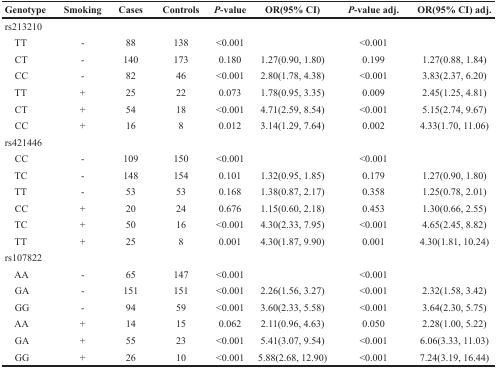
<table><thead><tr><td><b>Genotype</b></td><td><b>Smoking</b></td><td><b>Cases</b></td><td><b>Controls</b></td><td><b><i>P</i>-value</b></td><td><b>OR(95% CI)</b></td><td><b><i>P</i>-value adj.</b></td><td><b>OR(95% CI) adj.</b></td></tr></thead><tbody><tr><td>rs213210</td><td></td><td></td><td></td><td></td><td></td><td></td><td></td></tr><tr><td> TT</td><td>-</td><td>88</td><td>138</td><td>&lt;0.001</td><td></td><td>&lt;0.001</td><td></td></tr><tr><td> CT</td><td>-</td><td>140</td><td>173</td><td>0.180</td><td>1.27(0.90, 1.80)</td><td>0.199</td><td>1.27(0.88, 1.84)</td></tr><tr><td> CC</td><td>-</td><td>82</td><td>46</td><td>&lt;0.001</td><td>2.80(1.78, 4.38)</td><td>&lt;0.001</td><td>3.83(2.37, 6.20)</td></tr><tr><td> TT</td><td>+</td><td>25</td><td>22</td><td>0.073</td><td>1.78(0.95, 3.35)</td><td>0.009</td><td>2.45(1.25, 4.81)</td></tr><tr><td> CT</td><td>+</td><td>54</td><td>18</td><td>&lt;0.001</td><td>4.71(2.59, 8.54)</td><td>&lt;0.001</td><td>5.15(2.74, 9.67)</td></tr><tr><td> CC</td><td>+</td><td>16</td><td>8</td><td>0.012</td><td>3.14(1.29, 7.64)</td><td>0.002</td><td>4.33(1.70, 11.06)</td></tr><tr><td>rs421446</td><td></td><td></td><td></td><td></td><td></td><td></td><td></td></tr><tr><td> CC</td><td>-</td><td>109</td><td>150</td><td>&lt;0.001</td><td></td><td>&lt;0.001</td><td></td></tr><tr><td> TC</td><td>-</td><td>148</td><td>154</td><td>0.101</td><td>1.32(0.95, 1.85)</td><td>0.179</td><td>1.27(0.90, 1.80)</td></tr><tr><td> TT</td><td>-</td><td>53</td><td>53</td><td>0.168</td><td>1.38(0.87, 2.17)</td><td>0.358</td><td>1.25(0.78, 2.01)</td></tr><tr><td> CC</td><td>+</td><td>20</td><td>24</td><td>0.676</td><td>1.15(0.60, 2.18)</td><td>0.453</td><td>1.30(0.66, 2.55)</td></tr><tr><td> TC</td><td>+</td><td>50</td><td>16</td><td>&lt;0.001</td><td>4.30(2.33, 7.95)</td><td>&lt;0.001</td><td>4.65(2.45, 8.82)</td></tr><tr><td> TT</td><td>+</td><td>25</td><td>8</td><td>0.001</td><td>4.30(1.87, 9.90)</td><td>0.001</td><td>4.30(1.81, 10.24)</td></tr><tr><td>rs107822</td><td></td><td></td><td></td><td></td><td></td><td></td><td></td></tr><tr><td> AA</td><td>-</td><td>65</td><td>147</td><td>&lt;0.001</td><td></td><td>&lt;0.001</td><td></td></tr><tr><td> GA</td><td>-</td><td>151</td><td>151</td><td>&lt;0.001</td><td>2.26(1.56, 3.27)</td><td>&lt;0.001</td><td>2.32(1.58, 3.42)</td></tr><tr><td> GG</td><td>-</td><td>94</td><td>59</td><td>&lt;0.001</td><td>3.60(2.33, 5.58)</td><td>&lt;0.001</td><td>3.64(2.30, 5.75)</td></tr><tr><td> AA</td><td>+</td><td>14</td><td>15</td><td>0.062</td><td>2.11(0.96, 4.63)</td><td>0.050</td><td>2.28(1.00, 5.22)</td></tr><tr><td> GA</td><td>+</td><td>55</td><td>23</td><td>&lt;0.001</td><td>5.41(3.07, 9.54)</td><td>&lt;0.001</td><td>6.06(3.33, 11.03)</td></tr><tr><td> GG</td><td>+</td><td>26</td><td>10</td><td>&lt;0.001</td><td>5.88(2.68, 12.90)</td><td>&lt;0.001</td><td>7.24(3.19, 16.44)</td></tr></tbody></table>